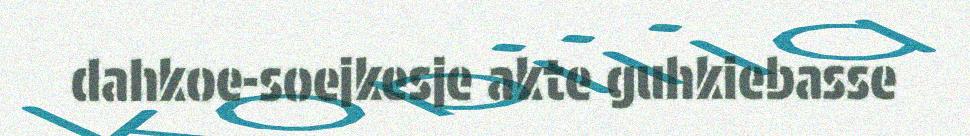
dahkoe-soejkesje akte guhkiebasse